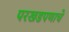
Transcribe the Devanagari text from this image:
परखडपणाचे